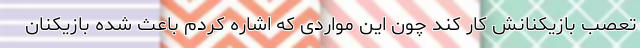
تعصب بازیکنانش کار کند چون این مواردی که اشاره کردم باعث شده بازیکنان